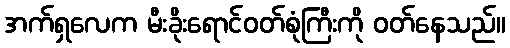
အက်ရှလေက မီးခိုးရောင်ဝတ်စုံကြီးကို ဝတ်နေသည်။